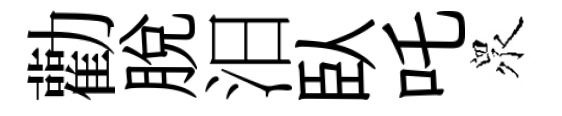
勸脱汨臥吒衆